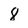
Character: 8